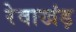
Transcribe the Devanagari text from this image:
रेवाखंड़